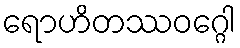
ရောဟိတဿဝဂ္ဂေါ